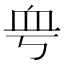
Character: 𧖨